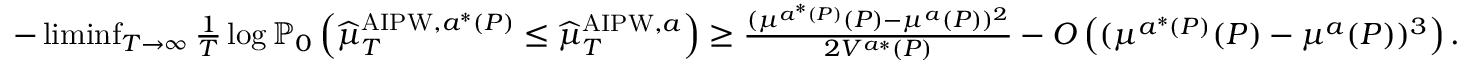
\begin{array} { r } { - \operatorname* { l i m i n f } _ { T \to \infty } \frac { 1 } { T } \log \mathbb { P } _ { 0 } \left( \widehat { \mu } _ { T } ^ { \mathrm { A I P W } , a ^ { * } ( P ) } \leq \widehat { \mu } _ { T } ^ { \mathrm { A I P W } , a } \right) \geq \frac { ( \mu ^ { a ^ { * } ( P ) } ( P ) - \mu ^ { a } ( P ) ) ^ { 2 } } { 2 V ^ { a * } ( P ) } - O \left( ( \mu ^ { a ^ { * } ( P ) } ( P ) - \mu ^ { a } ( P ) ) ^ { 3 } \right) . } \end{array}